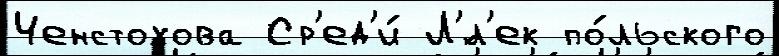
Ченстохова Ср'ед'и́ Л'́л'ек по́льского